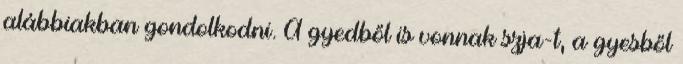
alábbiakban gondolkodni. A gyedből is vonnak szja-t, a gyesből